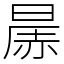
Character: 㬄